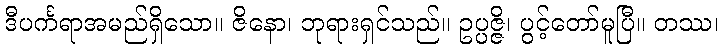
ဒီပင်္ကရာအမည်ရှိသော။ ဇိနော၊ ဘုရားရှင်သည်။ ဥပ္ပဇ္ဇိ၊ ပွင့်တော်မူပြီ။ တဿ၊